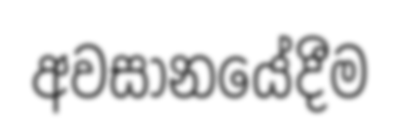
අවසානයේදීම